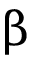
\upbeta